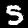
Label: 5